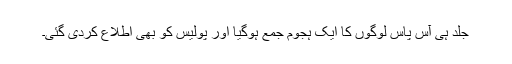
جلد ہی آس پاس لوگوں کا ایک ہجوم جمع ہوگیا اور پولیس کو بھی اطلاع کردی گئی۔